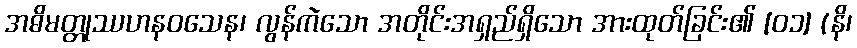
အဓိမတ္တုဿဟနဝသေန၊ လွန်ကဲသော အတိုင်းအရှည်ရှိသော အားထုတ်ခြင်း၏ [၀၁] (နိ၊